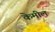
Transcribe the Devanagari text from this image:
केमील